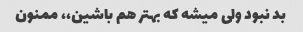
بد نبود ولى میشه که بهتر هم باشین،، ممنون